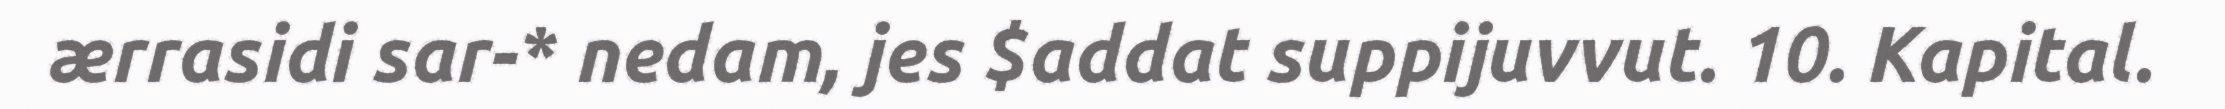
ærrasidi sar-* nedam, jes $addat suppijuvvut. 10. Kapital.